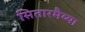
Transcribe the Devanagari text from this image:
सितारमैय्या